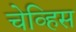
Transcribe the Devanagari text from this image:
चेव्हिस